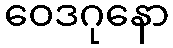
ဝေဒဂုနော